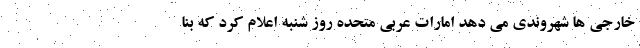
خارجی ها شهروندی می دهد امارات عربی متحده روز شنبه اعلام کرد که بنا